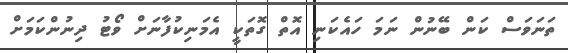
ތަނަވަސް ކަން ބޭނުން ނަމަ ހައެކަނި އޮތް ގޮތަކީ އެމަނިކުފާނަށް ވޯޓު ދިނުންކަމަށް